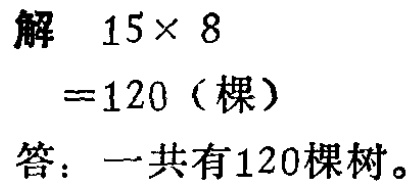
解 \(15\times 8\)
\(=120\)（棵）
答：一共有120棵树。